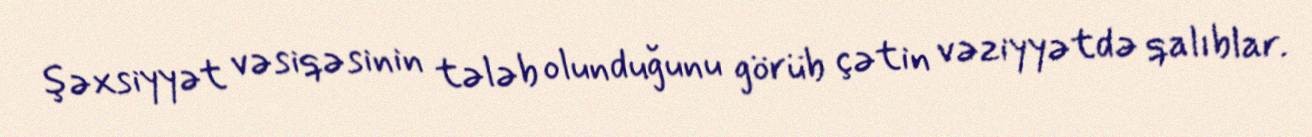
şəxsiyyət vəsiqəsinin tələb olunduğunu görüb çətin vəziyyətdə qalıblar.